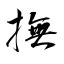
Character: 撫